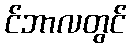
င်ဘာလတွင်